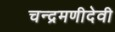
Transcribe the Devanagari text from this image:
चन्द्रमणीदेवी